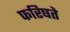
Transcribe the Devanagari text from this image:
फरिषते